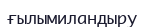
ғылымиландыру